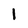
Character: 1